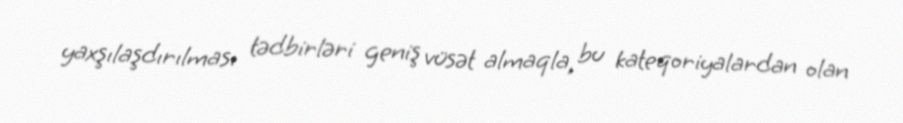
yaxşılaşdırılması tədbirləri geniş vüsət almaqla, bu kateqoriyalardan olan